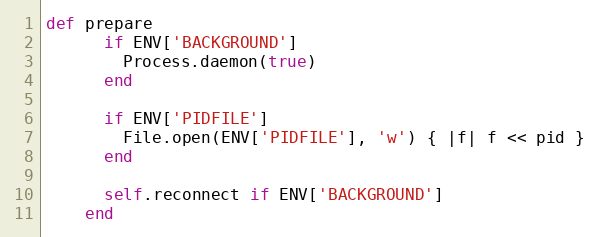
Language: Ruby
def prepare
      if ENV['BACKGROUND']
        Process.daemon(true)
      end

      if ENV['PIDFILE']
        File.open(ENV['PIDFILE'], 'w') { |f| f << pid }
      end

      self.reconnect if ENV['BACKGROUND']
    end